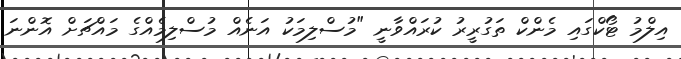
އިލްމު ޓޯކްގައި މެންކް ތަގުރީރު ކުރައްވާނީ "މުސްލިމަކު އަނެއް މުސްލިމެއްގެ މައްޗަށް އޮންނަ